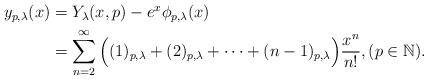
LaTeX: \begin{align*}\begin{aligned}y_{p,\lambda}(x)&=Y_{\lambda}(x,p)-e^{x}\phi_{p,\lambda}(x)\\&=\sum_{n=2}^{\infty}\Big((1)_{p,\lambda}+(2)_{p,\lambda}+\cdots+(n-1)_{p,\lambda}\Big)\frac{x^{n}}{n!},(p\in\mathbb{N}).\end{aligned}\end{align*}